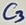
Text: C3